Report on horse surra - Volume II, Part II
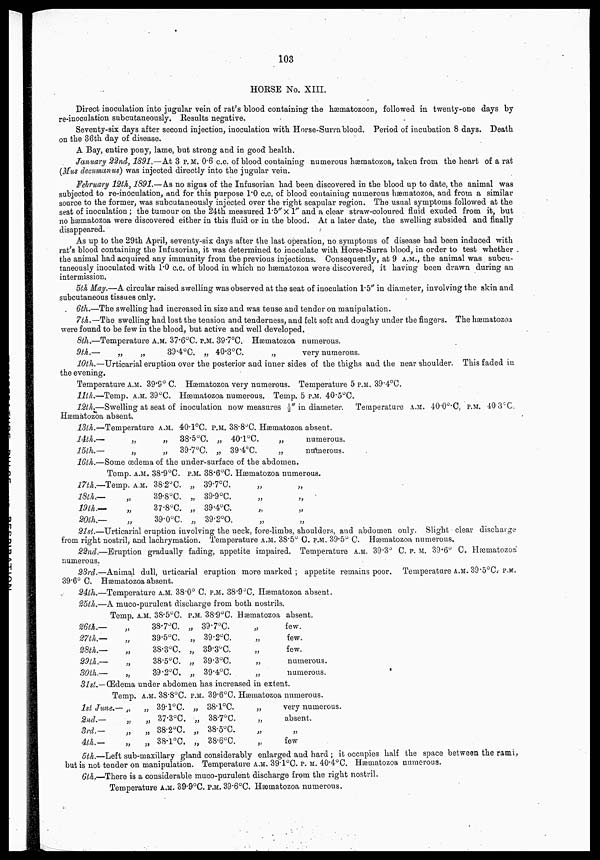
103
HORSE No. XIII.
Direct inoculation into jugular vein of rat's blood containing the hæmatozoon, followed in twenty-one days by
re-inoculation subcutaneously. Results negative.
Seventy-six days after second injection, inoculation with Horse-Surra blood. Period of incubation 8 days. Death
on the 36th day of disease.
A Bay, entire pony, lame, but strong and in good health.
January 22nd, 1891.—At 3 P.M. 0.6 c.c. of blood containing numerous hæmatozoa, taken from the heart of a rat
(Mus decumanus) was injected directly into the jugular vein.
February 12th, 1891.— As no signs of the Infusorian had been discovered in the blood up to date, the animal was
subjected to re-inoculation, and for this purpose 1.0 c.c. of blood containing numerous hæmatozoa, and from a similar
source to the former, was subcutaneously injected over the right scapular region. The usual symptoms followed at the
seat of inoculation ; the tumour on the 24th measured 1.5"×1" and a clear straw-coloured fluid exuded from it, but
no hæmatozoa were discovered either in this fluid or in the blood. At a later date, the swelling subsided and finally
disappeared.
As up to the 29th April, seventy-six days after the last operation, no symptoms of disease had been induced with
rat's blood containing the Infusorian, it was determined to inoculate with Horse-Surra blood, in order to test whether
the animal had acquired any immunity from the previous injections. Consequently, at 9 A.M., the animal was subcu-
taneously inoculated with 1.0 c.c. of blood in which no hæmatozoa were discovered, it having been drawn during an
intermission.
5th May.—A circular raised swelling was observed at the seat of inoculation 1.5" in diameter, involving the skin and
subcutaneous tissues only.
6th.—The swelling had increased in size and was tense and tender on manipulation.
7th.—The swelling had lost the tension and tenderness, and felt soft and doughy under the fingers. The hæmatozoa
were found to be few in the blood, but active and well developed.
8th.—Temperature A.M. 37.6°C. P.M. 39.7°C. Hæmatozoa numerous.
9th.—
„
„
39.4°C. „ 40.3°C.
„
very numerous.
10th.—Urticarial eruption over the posterior and inner sides of the thighs and the near shoulder. This faded in
the evening.
Temperature A.M. 39.9° C. Hæmatozoa very numerous. Temperature 5 P.M. 39.4°C.
11th.—Temp. A.M. 39°C. Hæmatozoa numerous. Temp. 5 P.M. 40.5°C.
12th.—Swelling at seat of inoculation now measures ½" in diameter.
Temperature A.M. 40.0°C, P.M. 40.3°C.
Hæmatozoa absent.
13th.—
14th.—
l5th.—
16th.—
Temperature
„
„
A.M.
„
„
40.1°C.
38.5°C.
39.7°C.
P.M.
„
„
38.8°C.
40.1°C.
39.4°C.
Hæmatozoa absent.
„
„
numerous.
numerous.
Some œdema of the under-surface of the abdomen.
Temp. A.M. 38.9°C. P.M. 38.6°C. Hæmatozoa numerous.
17th.—
18th.—
19th.—
20th.—
Temp. A.M.
„
„
„
38.2°C.
39.8°C.
37.8°C.
39.0°C.
„
„
„
„
39.7°C.
39.9°C.
39.4°C.
39.2°C.
„
„
„
„
„
„
„
„
21st.—Urticarial eruption involving the neck, fore-limbs, shoulders, and abdomen only. Slight clear discharge
from right nostril, and lachrymation. Temperature A.M. 38.5° C. P.M. 39.5° C. Hæmatozoa numerous.
22nd.—Eruption gradually fading, appetite impaired. Temperature A.M. 39.3° C. P. M. 39.6° C. Hæmatozoa
numerous.
23rd.—Animal dull, urticarial eruption more marked ; appetite remains poor. Temperature A.M. 39.5°C. P.M.
39.6° C. Hæmatozoa absent.
24th.—Temperature A.M. 38.0° C. P.M. 38.9°C. Hæmatozoa absent.
25th.—A muco-purulent discharge from both nostrils.
26th.—
27th.—
28th.—
29th.—
30th.—
31st.—
Temp.
„
„
„
„
„
A.M. 38.5°C.
38.7°C.
39.5°C.
38.3°C.
38.5°C.
39.2°C.
P.M
„
„
„
„
„
38.9°C.
39.7°C.
39.2°C.
39.3°C.
39.3°C.
39.4°C.
Hæmatozoa
„
„
„
„
„
absent.
few.
few.
few.
numerous.
numerous.
Œdema under abdomen has increased in extent.
Temp.
1st June.—
2nd.—
3rd.—
4th.—
„
„
„
„
A.M. 38.8°C.
„ 39.l°C.
„ 37.3°C.
„ 38.2°C.
„ 38.l°C.
P.M.
„
„
„
„
39.6°C.
38.l°C.
38.7°C.
38.5°C.
38.6°C.
Hæmatozoa
„
„
„
„
numerous.
very numerous.
absent.
„
few
5th.—Left sub-maxillary gland considerably enlarged and hard ; it occupies half the space between the rami,
but is not tender on manipulation. Temperature A.M. 39.1°C. P. M. 40.4°C. Hæmatozoa numerous.
6th.—There is a considerable muco-purulent discharge from the right nostril.
Temperature A.M. 39.9°C. P.M. 39.6°C. Hæmatozoa numerous.